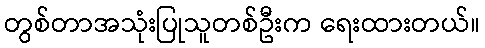
တွစ်တာအသုံးပြုသူတစ်ဦးက ရေးထားတယ်။